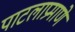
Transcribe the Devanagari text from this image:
पाटलाप्रमाणे